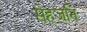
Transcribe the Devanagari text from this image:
सेहजनि